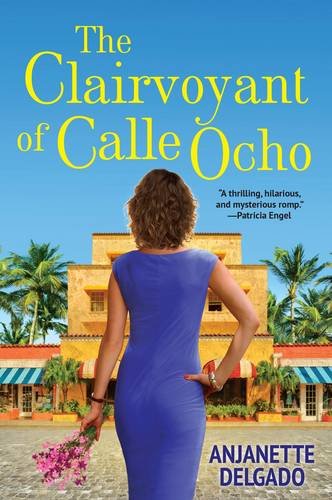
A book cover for The Clairvoyant of Calle Ocho; Anjanette Delgado; Literature & Fiction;